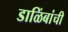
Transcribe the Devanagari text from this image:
डाळिंबांची